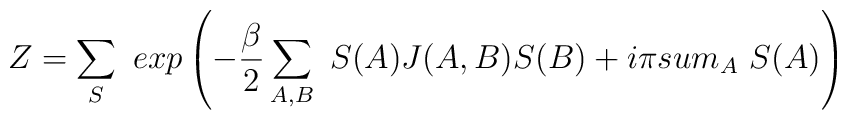
Z =\sum_{S}\ exp\left( -{\beta\over{2}}\sum_{A,B}\ S(A)J(A,B)S(B) +i\pi\\sum_{A}\ S(A)\right)